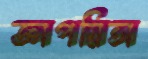
জ্ঞাপয়িতা